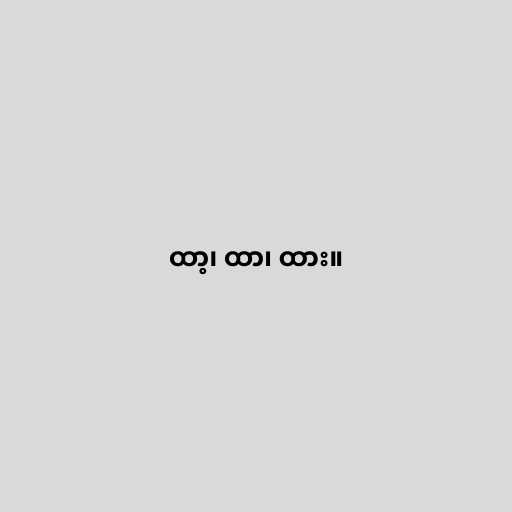
ထာ့၊ ထာ၊ ထား။